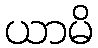
ယာမိ